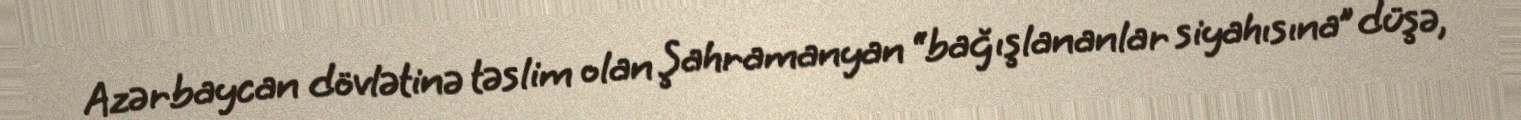
Azərbaycan dövlətinə təslim olan Şahramanyan “bağışlananlar siyahısına” düşə,